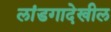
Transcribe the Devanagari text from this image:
लांडगादेखील